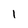
Character: l